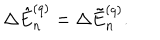
\Delta \hat { E } _ { n } ^ { ( q ) } = \Delta \tilde { E } _ { n } ^ { ( q ) } .